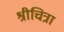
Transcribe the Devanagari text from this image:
श्रीचित्रा